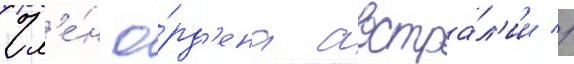
Чл'е́н о́рд'ена австра́л'ии //